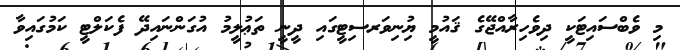
މި ވެބްސައިޓަކީ ދިވެހިރާއްޖޭގެ ޤައުމީ ޔިުނިވަރސިޓީގައި ދީނީ ތަޢުލީމު އުގަންނައިދޭ ފެކަލްޓީ ކަމުގައިވާ